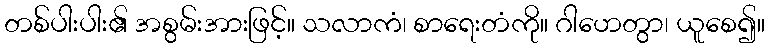
တစ်ပါးပါး၏ အစွမ်းအားဖြင့်။ သလာကံ၊ စာရေးတံကို။ ဂါဟေတွာ၊ ယူစေ၍။